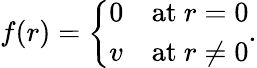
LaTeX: f(r)=\left\{ \begin{array}{ll}{{0}}&{{\mathrm{at~}r=0}}\\ {{v}}&{{\mathrm{at~}r\ne 0}}\end{array}\right..